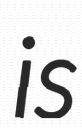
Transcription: is